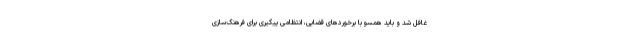
غافل شد و باید همسو با برخوردهای قضایی، انتظامی پیگیری برای فرهنگ‌سازی